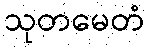
သုတမေတံ